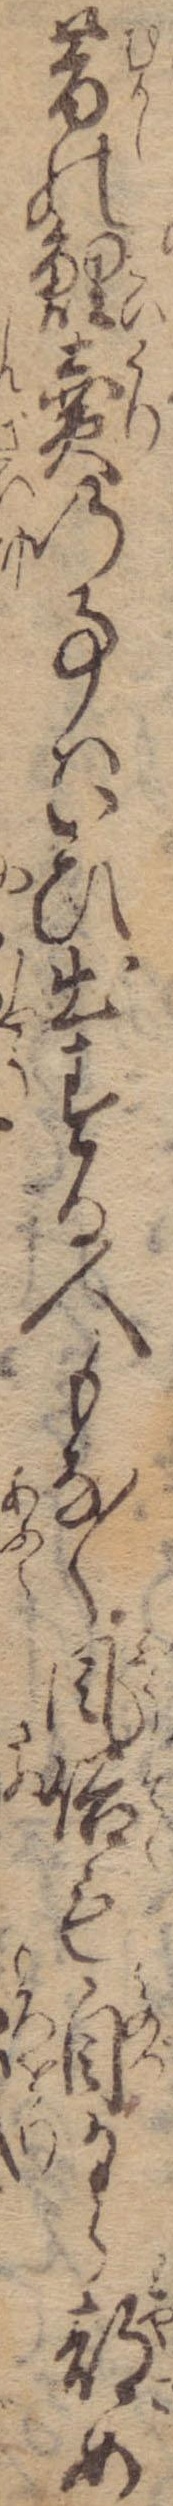
昔の鯉売の事はいひ出する人もなく風俗も自から都め